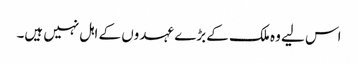
اس لیے وہ ملک کے بڑے عہدوں کے اہل نہیں ہیں۔